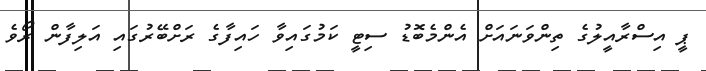
ޕީ އިސްރާއީލުގެ ތިންވަނައަށް އެންމެބޮޑު ސިޓީ ކަމުގައިވާ ހައިފާގެ ރަށްބޭރުގައި އަލިފާން ރޯވެ